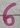
Text: 6